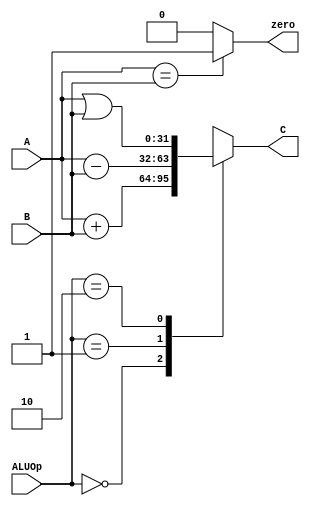
module alu(
    input [31:0] A,
    input [31:0] B,
    input [1:0] ALUOp,
    output reg [31:0] C,
    output zero
);

    always @(*) begin
        case(ALUOp)
            2'b00:      C = A + B;
            2'b01:      C = A - B;
            2'b10:      C = A | B;
            2'b11:      C = 32'hxxxx_xxxx;
            default:    C = 32'hxxxx_xxxx;
        endcase
    end 

    assign zero = (A==B) ? 1'b1 : 1'b0;

endmodule // alu